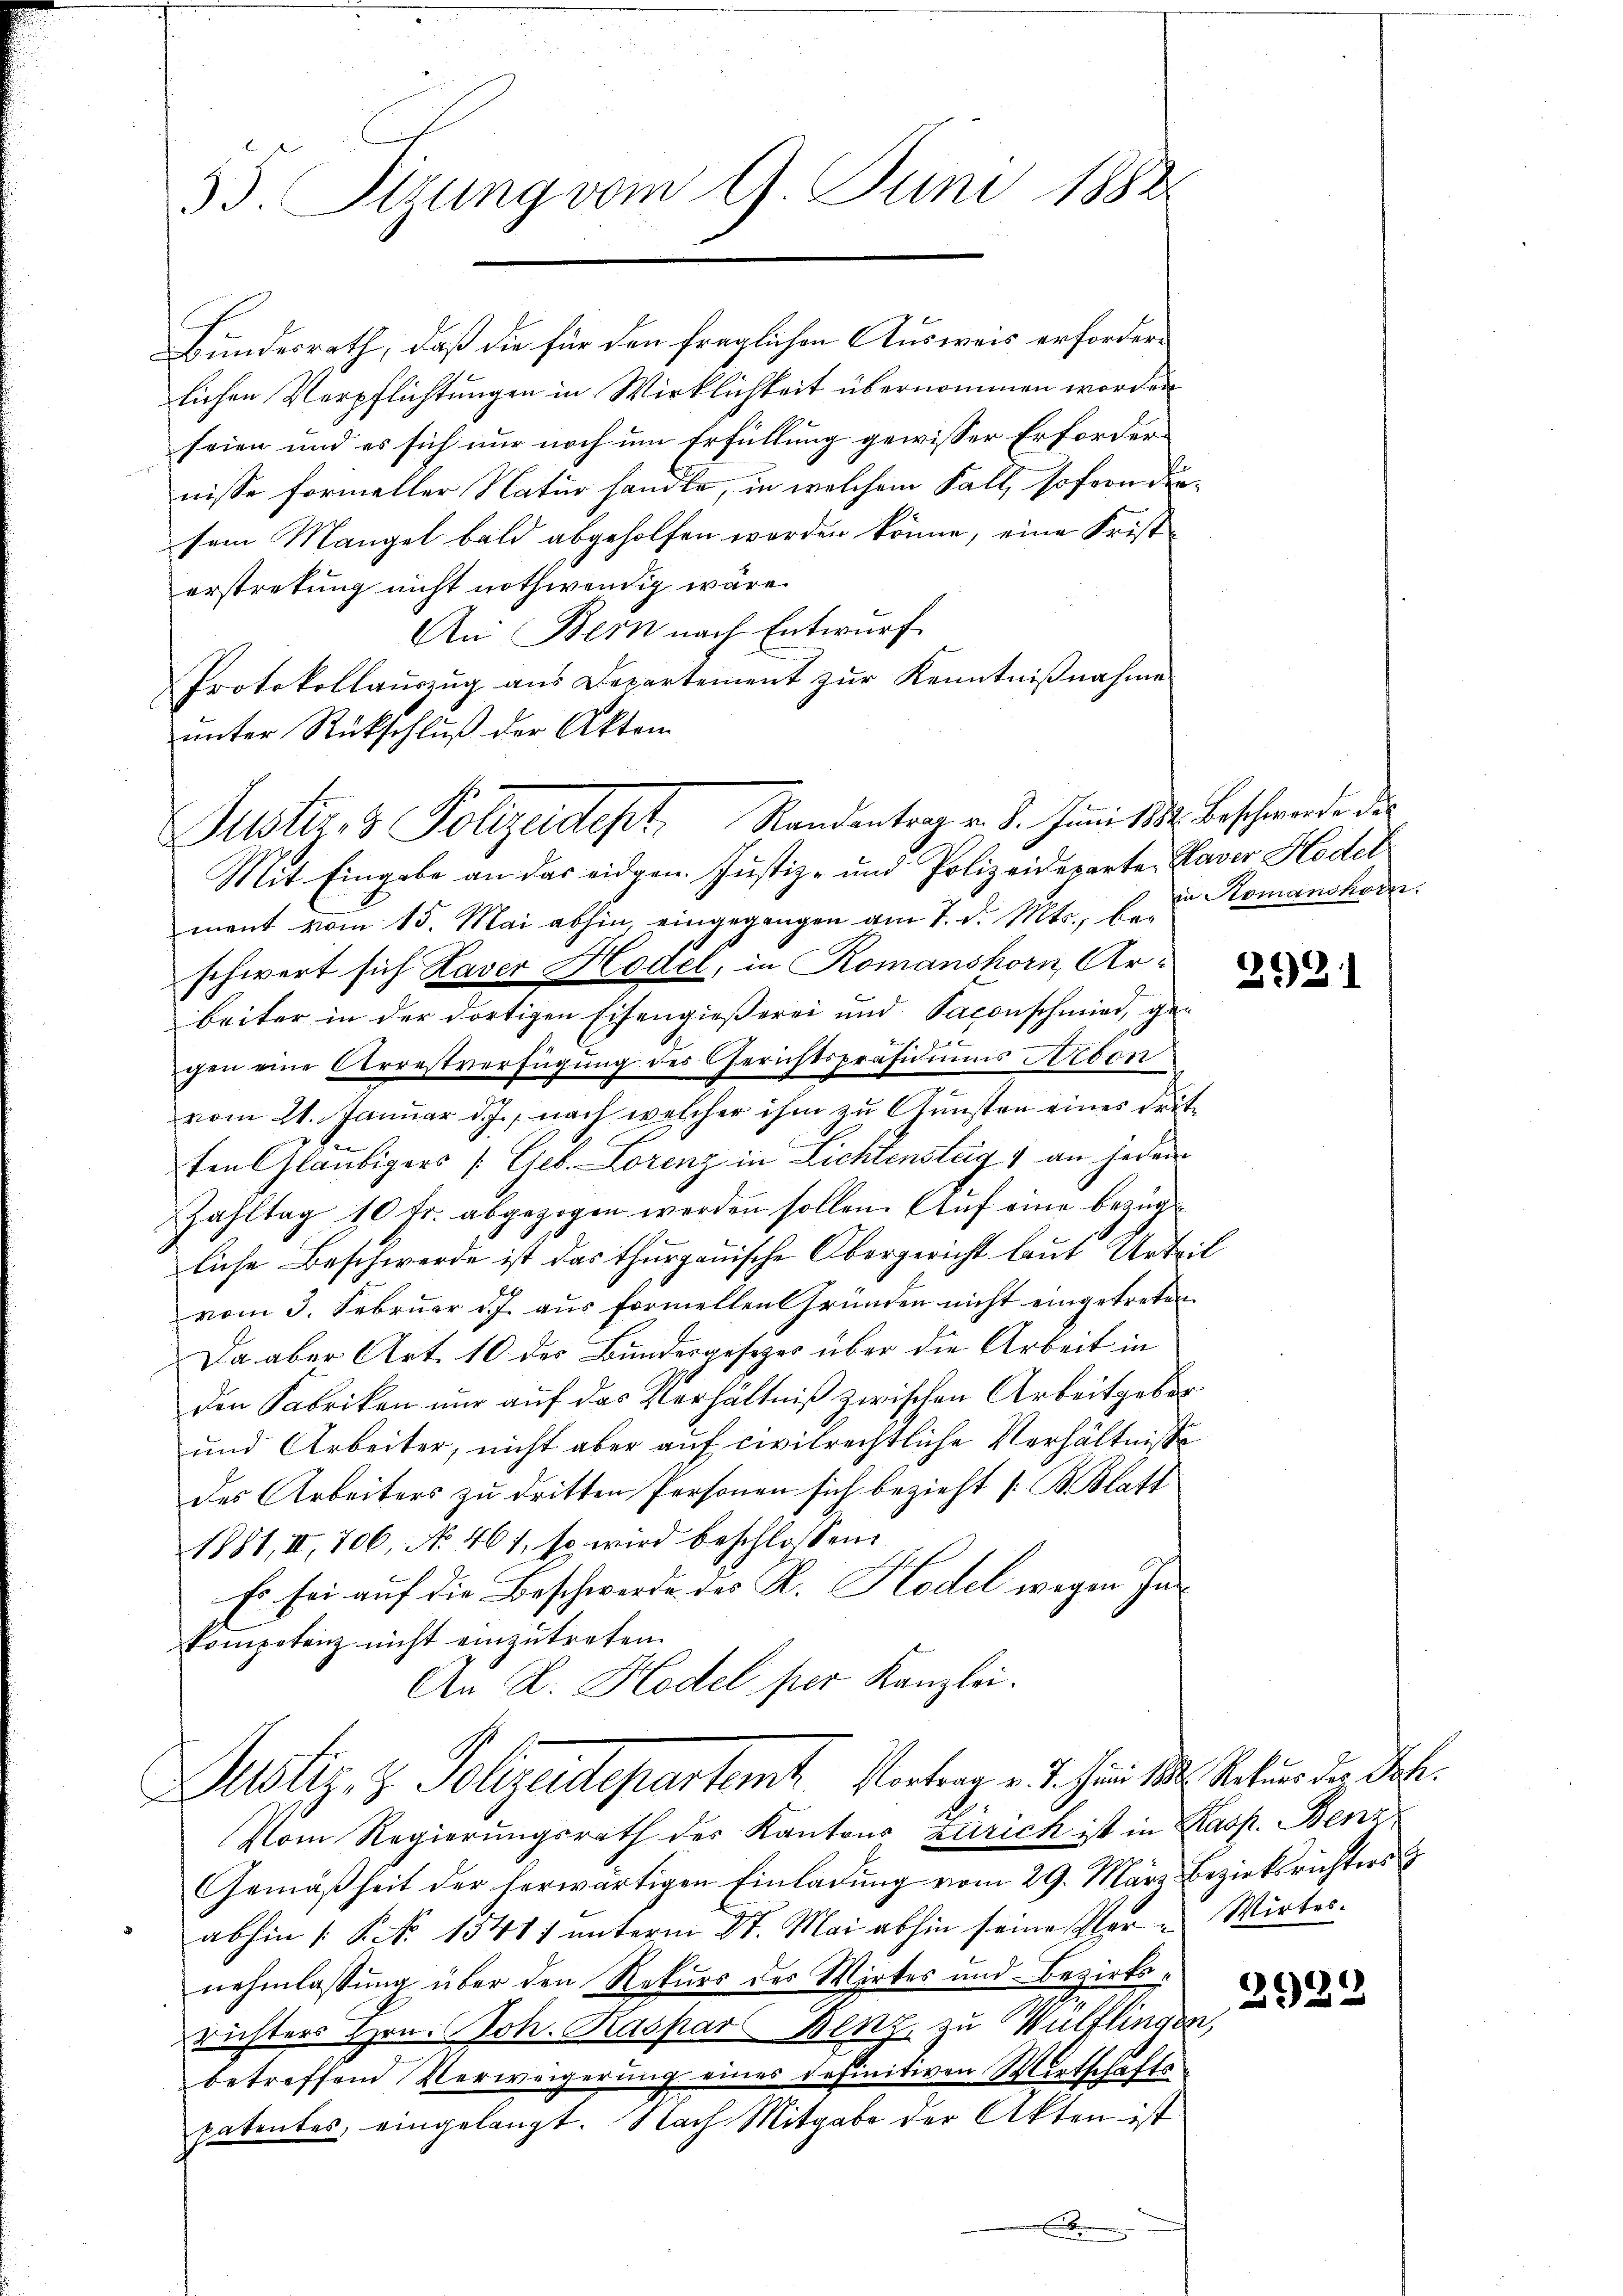
35. Sizung vom 9. Juni 1883.

Bundesrath, daß die für den fraglichen Ausweis erforderlichen Verpflichtungen in Wirklichkeit übernommen worden
seien und es sich nur noch um Erfüllung gewisser Erforder
nisse formeller Natur handle, in welchem Fall, sofornden.
sem Mangel bald abgeholfen worden könne, eine Frist
erstretung nicht nothwendig wäre.
An Bern nach Entwurf
Protokollaŭszŭg ans Departement zŭr Kenntniβnahme
unter Rückschluß der Akten
Mit Eingabe an das eidgen. Justiz- und Polizeideparte Haver Hodel
ment vom 15. Mai abhin, eingegangen am 7. d. Mts., beschwert sich Kaver Hodel, in Romanshorn, Ar-
beiter in der dortigen Eisengießerei und Saxonschmied, gegen eine Arrestverfügung des Gerichtspräsidiums Hibon
e
vom 21. Januar d. J., nach welcher ihm zu Gunsten eines dritten Gläubigers (Geb. Lorenz in Lichtensteig 1 an jedem
Zahltag 10 fr. abgezogen werden sollen. Auf eine bezugliche Beschwerde ist das thurgauische Obergericht laut Urtevom 3. Februar d. J. aus formellen Gründen nicht eingetreten
Da aber Art. 10 des Bundesgesezes über die Arbeit in
den Fabriken nur auf das Verhältniß zwischen Arbeitgeber¬
und Arbeiter, nicht aber auf civilrechtliche Verhältnisse
des Arbeiters zu dritten Personen sich bezieht /: B. Blatt
1881, II, 706, No 461, so wird beschlossen:
Es sei auf die Beschwerde des K. Hodel wegen Inkompetenz nicht einzutreten.
An D. Hodel per Kanzlei.
Justiz & Polizeidepartem t. Porten v. J. Juni 184. Rekurs der Joh.
Vom Regierungsrath des Kantons Zürich ist in Kasp. Benz
Gemäßheit der herwärtigen Einladung vom 29. März Bezirksrichters
abhin [S. No 1541) unterm St. Mai abhin seine Vere Wirtes.
nehmlassung über den Rekurs des Wirtes und Bezirksrichters Hrn. Joh. Kaspar Benz zu Wülflinger
betreffend Verweigerung eines definitiven Wirtschafts
patentes, eingelangt. Nach Mitgabe der Akten ist
.

Justiz- & Polizeidet. Standentrag v. J. Jŭni 182. Beschwerde de

an Romanshorn.

2

3921

)
22